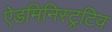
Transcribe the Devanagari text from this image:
ऐडमिनिस्ट्रटिव